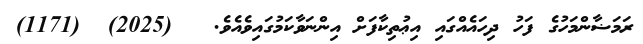
ރަމަޟާންމަހުގެ ފަހު ދިހައެއްގައި އިޢުތިކާފަށް އިންނަވާކަމުގައިވެއެވެ.   (2025)  (1171)